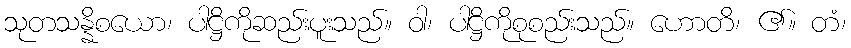
သုတသန္နိစယော၊ ပါဋ္ဌိကိုဆည်းပူးသည်။ ဝါ၊ ပါဋ္ဌိကိုစုစည်းသည်။ ဟောတိ၊ ၏။ တံ၊